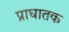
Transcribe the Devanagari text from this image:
प्राघातक